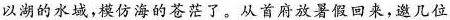
以湖的水域，模仿海的苍茫了。从首府救署假回来，邀几位